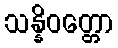
သန္နိဝတ္တော